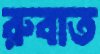
রুবাত